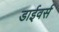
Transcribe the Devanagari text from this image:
डाईवर्स